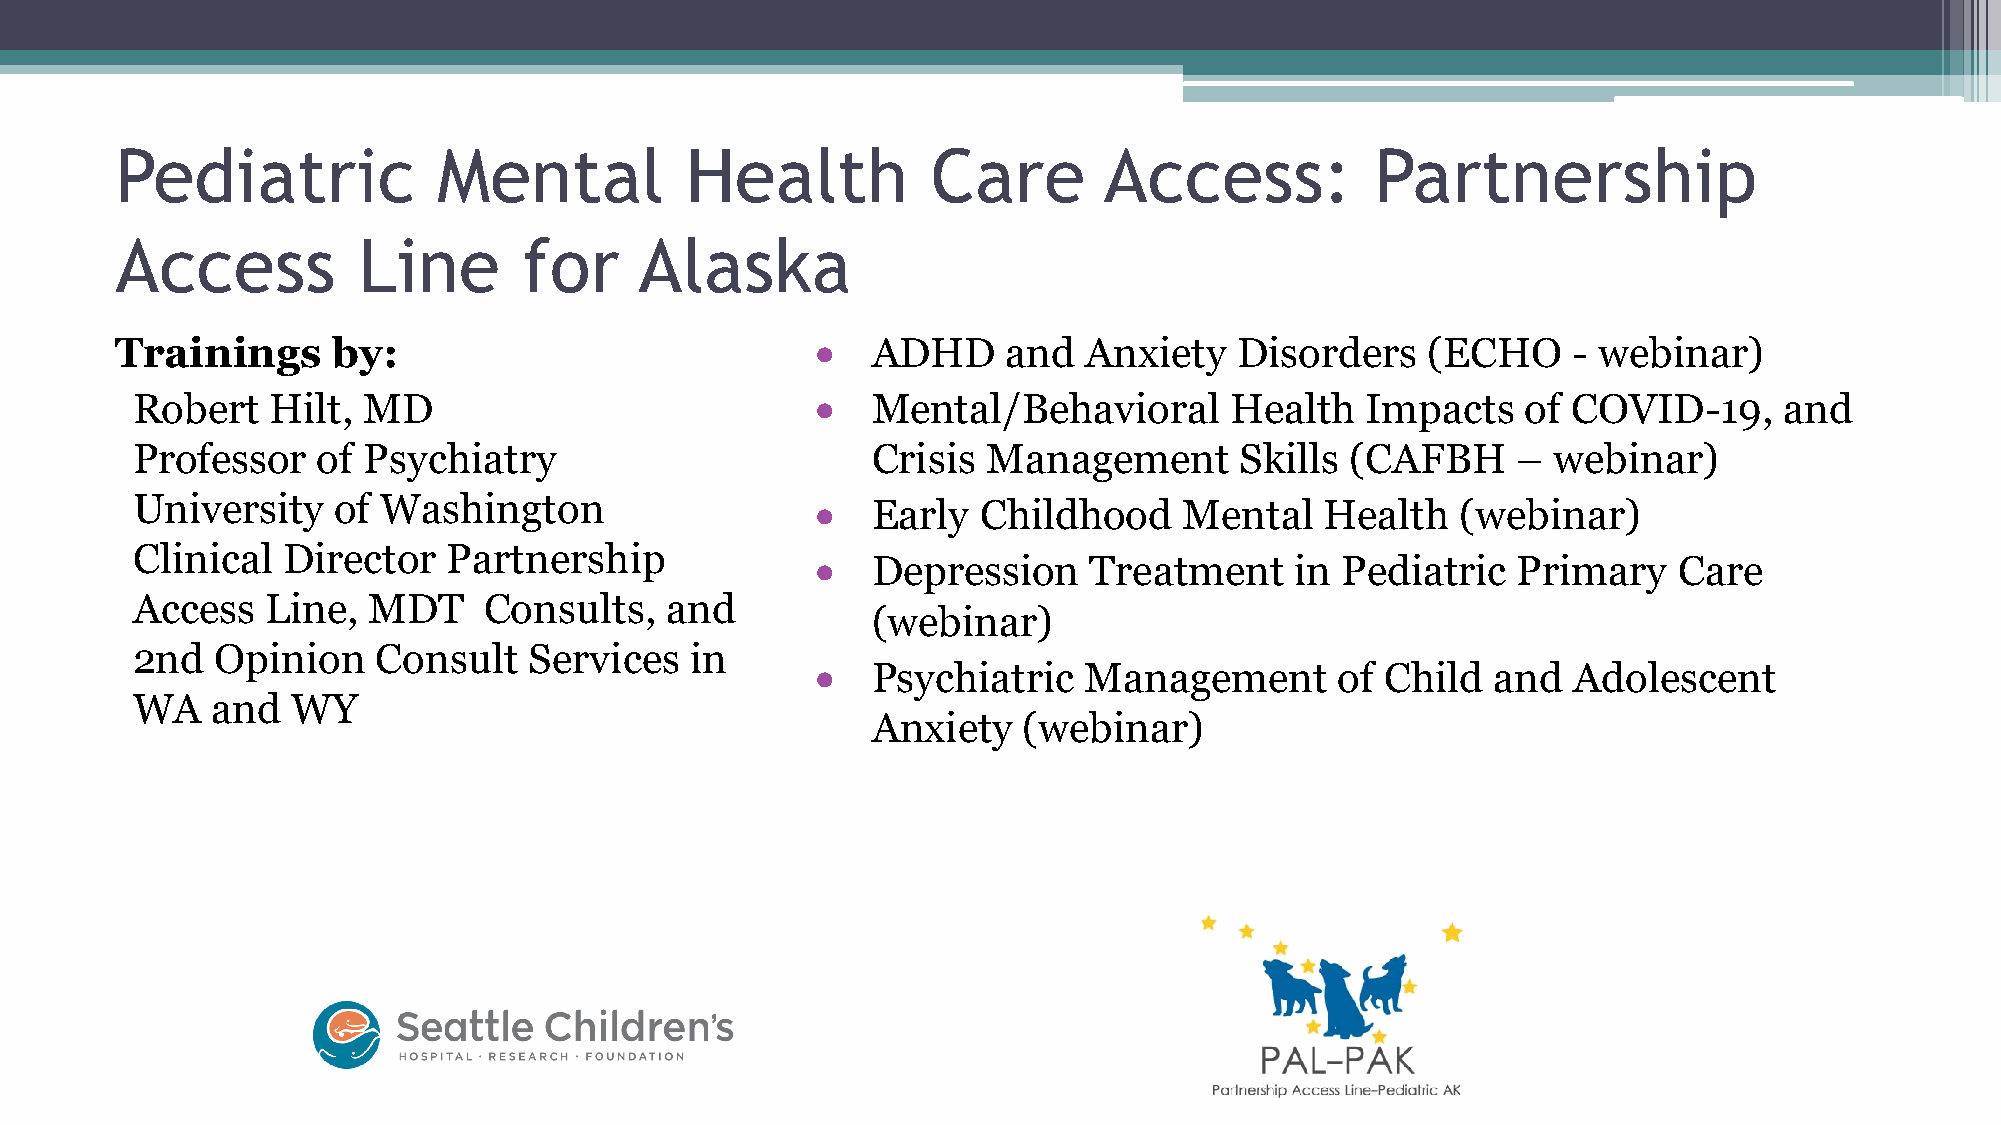
Pediatric            Mental          Health           Care       Access:           Partnership
 Access          Line       for    Alaska
 Trainings     by:                             •   ADHD     and  Anxiety   Disorders   (ECHO     - webinar)
 Robert   Hilt, MD                            •   Mental/Behavioral      Health   Impacts    of COVID-19,     and
 Professor   of Psychiatry                        Crisis Management       Skills (CAFBH     –  webinar)
 University   of Washington                   •   Early  Childhood    Mental    Health   (webinar)
 Clinical  Director   Partnership
 •   Depression    Treatment     in Pediatric  Primary    Care
 Access   Line, MDT     Consults,   and
 (webinar)
 2nd  Opinion    Consult   Services   in
 •   Psychiatric   Management       of Child  and  Adolescent
 WA   and  WY
 Anxiety   (webinar)